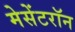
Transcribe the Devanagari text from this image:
मेसेंटरॉन